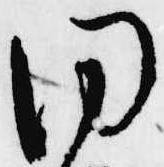
同